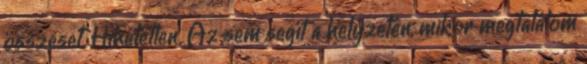
összeset. Hihetetlen. Az sem segít a helyzeten, mikor megtalálom